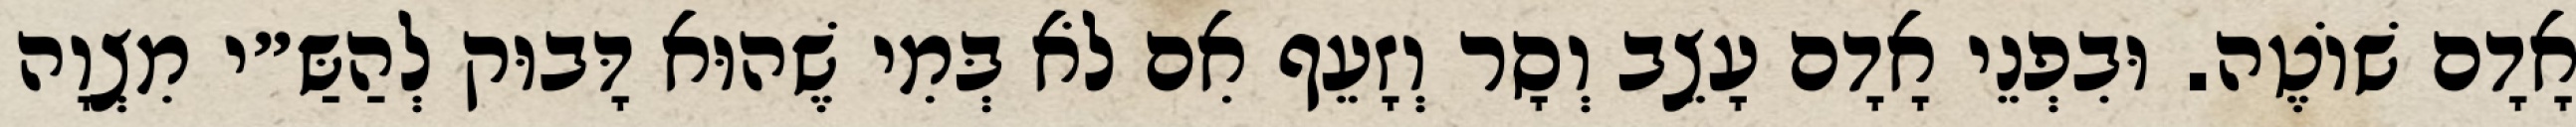
אָדָם שׁוֹטֶה. וּבִפְנֵי אָדָם עָצֵב וְסָר וְזָעֵף אִם לֹא בְּמִי שֶׁהוּא דָּבוּק לְהַשַּ״י מִצְוָה